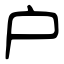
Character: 户